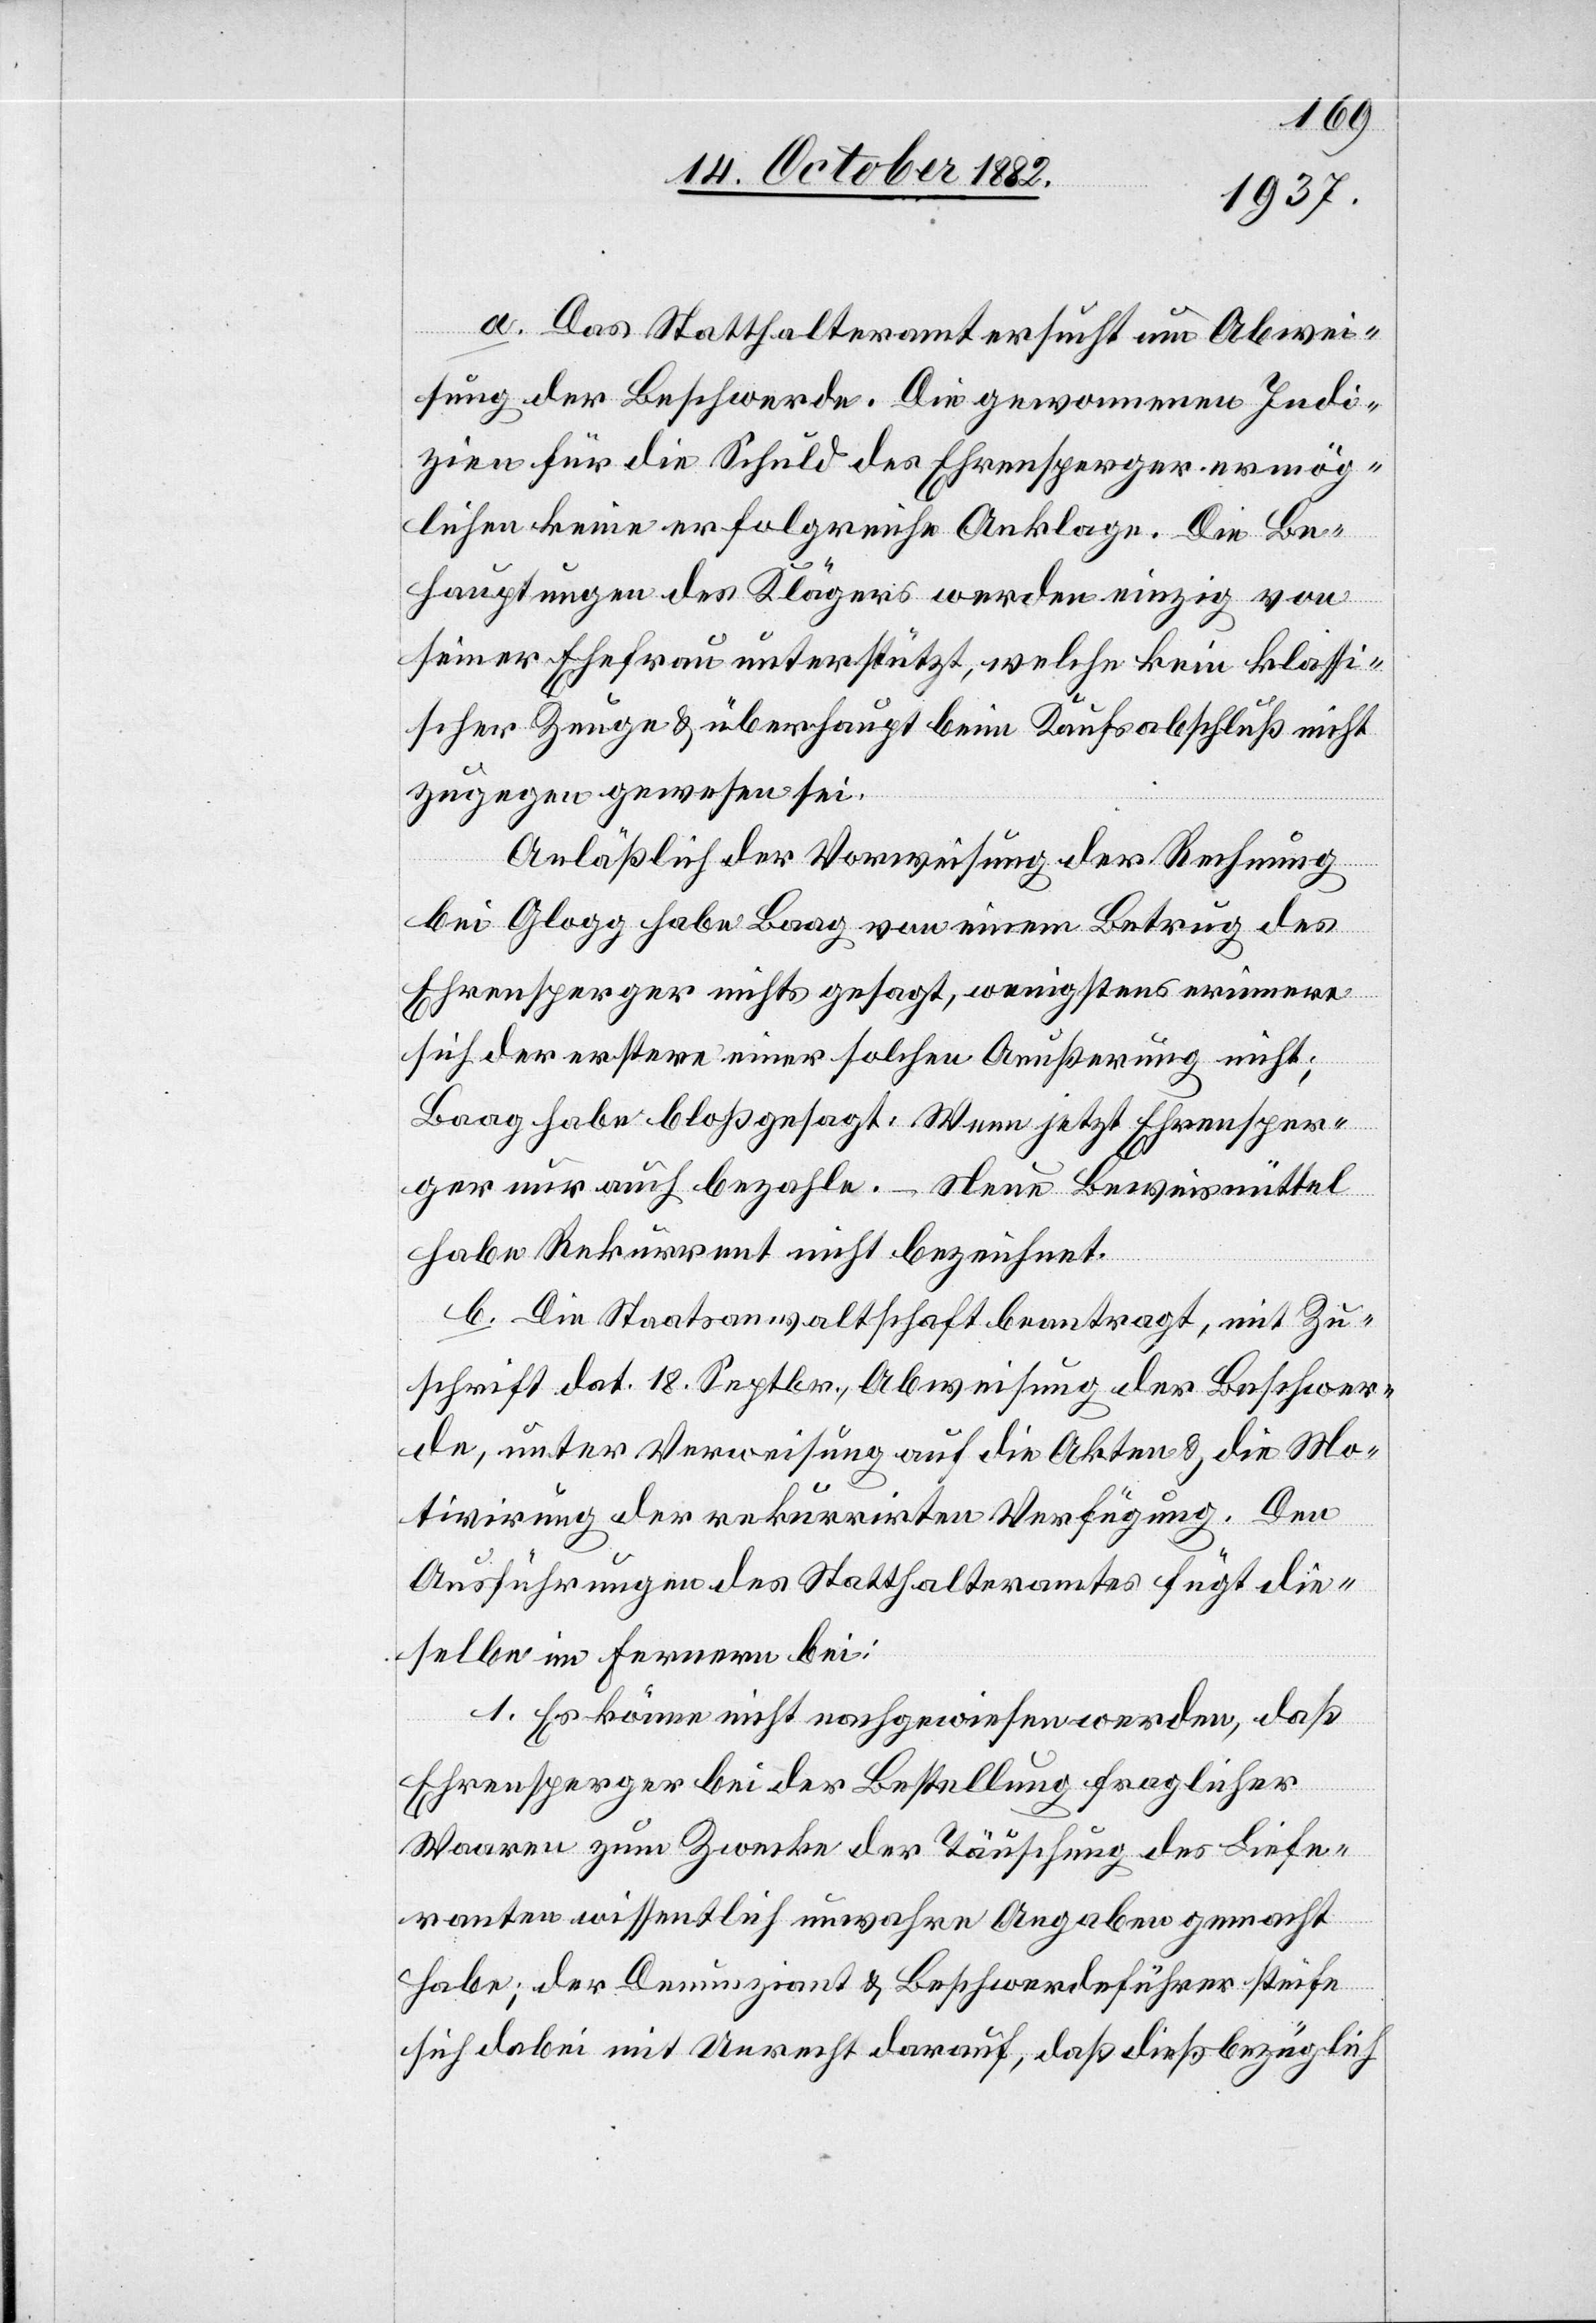
a. Das Statthalteramt ersucht um Abwei¬
sung der Beschwerde. Die gewonnenen Indi¬
zien für die Schuld des Ehrensperger ermög¬
lichen keine erfolgreiche Anklage. Die Be¬
hauptungen des Klägers werden einzig von
seiner Ehefrau unterstützt, welche kein klassi¬
scher Zeuge & überhaupt beim Kaufsabschluß nicht
zugegen gewesen sei.
Anläßlich der Vorweisung der Rechnung
bei Glogg habe Baag von einem Betrug des
Ehrensperger nichts gesagt, wenigstens erinnere
sich der erstere einer solchen Aeußerung nicht;
Baag habe bloß gesagt: Wenn jetzt Ehrensper¬
ger nur auch bezahle. – Neue Beweismittel
habe Rekurrent nicht bezeichnet.
b. Die Staatsanwaltschaft beantragt, mit Zu¬
schrift dat. 18. Septbr., Abweisung der Beschwer¬
de, unter Verweisung auf die Akten & die Mo¬
tivirung der rekurrirten Verfügung. Den
Ausführungen des Statthalteramtes fügt die¬
selbe im Fernern bei:
1. Es könne nicht nachgewiesen werden, daß
Ehrensperger bei der Bestellung fraglicher
Waaren zum Zwecke der Täuschung des Liefe¬
ranten wissentlich unwahre Angaben gemacht
habe; der Denunziant & Beschwerdeführer steife
sich dabei mit Unrecht darauf, daß dieß bezüglich